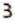
3